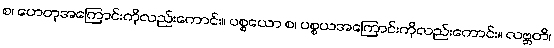
စ၊ ဟေတုအကြောင်းကိုလည်းကောင်း။ ပစ္စယော စ၊ ပစ္စယအကြောင်းကိုလည်းကောင်း။ လဗ္ဘတိ၊